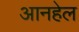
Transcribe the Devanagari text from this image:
आनहेल